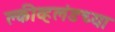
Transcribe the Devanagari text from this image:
क्लीव्हलंडच्या